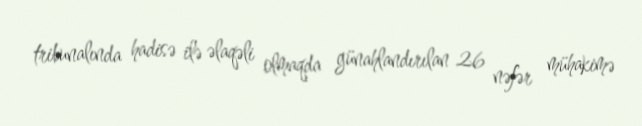
tribunalında hadisə ilə əlaqəli olmaqda günahlandırılan 26 nəfər mühakimə